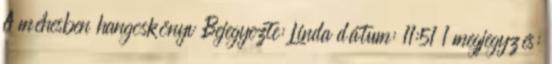
A méhesben hangoskönyv Bejegyezte: Linda dátum: 11:51 1 megjegyzés: